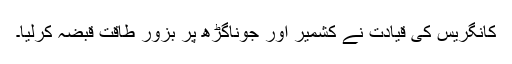
کانگریس کی قیادت نے کشمیر اور جوناگڑھ پر بزور طاقت قبضہ کرلیا۔